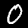
Label: 0